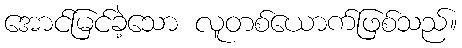
အောင်မြင်ခဲ့သော လူတစ်ယောက်ဖြစ်သည်။